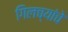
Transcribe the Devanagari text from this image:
गिलच्यांचे